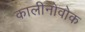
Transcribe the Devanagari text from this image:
कालीनोवोक